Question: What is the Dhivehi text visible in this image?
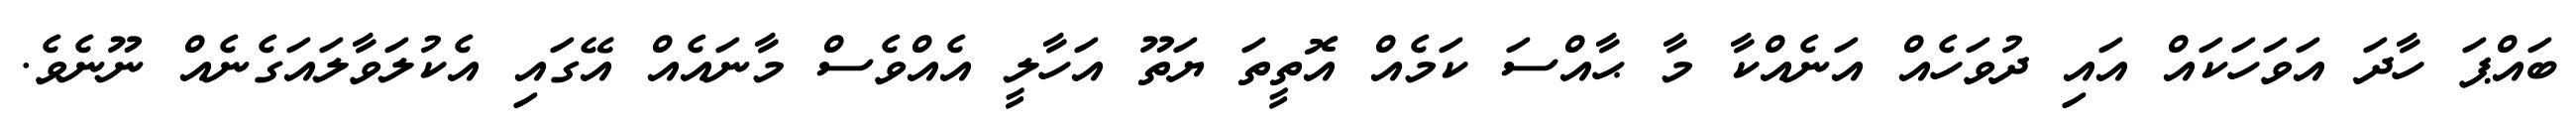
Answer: ބައްޕަ ހާދަ އަވަހަކައް އައި ދުވަހެއް އަނެއްކާ މާ ޙާއްސަ ކަމެއް އޮތީތަ ޔަތޫ އަހާލީ އެއްވެސް މާނައެއް އޭގައި އެކުލަވާލައަގެނެއް ނޫނެވެ.